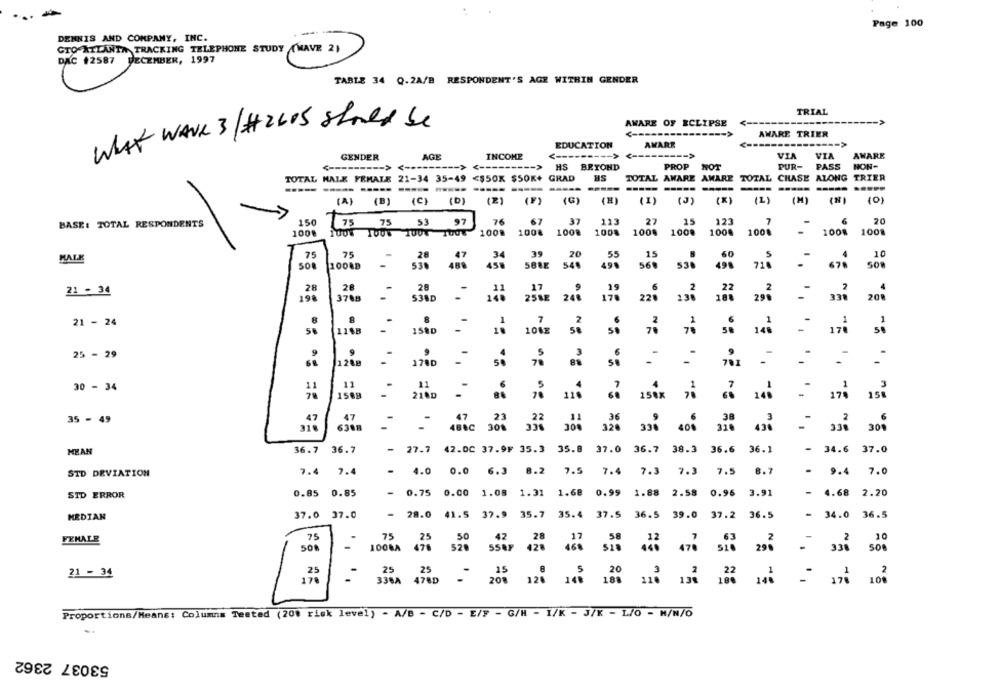
...
Page 100
DENNIS AND COMPANY, INC.
CTO ATLANTA TRACKING TELEPHONE STUDY (WAVE 2)
DAC 12587 DECEMBER, 1997
TABLE 34 Q.2A/B RESPONDENT'S AGE WITHIN GENDER
TRIAL
AWARE OF ECLIPSE
<----
WAT Wave 3/# 2605 Should be
<------
AWARE TRIER
EDUCATION
AWARE
GENDER
AGE
INCOME
-- >
VIA
VIA
AWARE
--- > <--------- >
HS BEYOND
PROP
NOT
PUR-
PASS
NON-
----- >
TOTAL MALE FEMALE 21-34 35-49 <$50X $50K+ GRAD
HS
TOTAL AWARE AMARE
TOTAL CHASE ALONG
TRIER
----- --
-----
(F)
(G)
(H)
(K)
(1)
(M]
(0)
(A) (B) (C) (D)
(2)
(I)
(3)
150
97
76
67
37
113
27
15
123
20
BASE: TOTAL RESPONDENTS
73 75 53
100%
100% 1008 10UT 1001
1009
1008
1008
1008
100.
100.
100.
1000
1008
1001
75
75
34
39
20
55
15
60
5
10
MALE
28
SOR
10088
458
5BRE 549
498
569
530
499
710
508
28
28
28
17
19
21 - 34
198
3708
25 SE
170
22%
297
538D
21 - 24
8
8
8
7
2
50
1188
158D
1068
140
25 - 29
3
1700
se
88
701
..
30 - 34
12
11
1588
-
210D
1588 7
116
- 174 157
....
35 - 49
47
47
36
38
318
6308
486C 308
22
320
MYAN
36.7 36.7
-
27.7 42.00 37.9F 35.3 35.8 37.0 36.7 38.3 36.6 36.1
- 34.6 37.0
7.4 7.4
-
9.4
7.0
STD DEVIATION
- 4.0 0.0 6.3 8.2 7.5 7.4 7.3 7.3 7.5 8.7
STD ERROR
0.85
0.85
- 0.75 0.00 1.08 1.31 1.68 0.99 1.88 2.58 0.96 3.91
- 4.68 2.20
MEDIAN
37.0 37.0
- 28.0 41.5 37.9 35.7 35.4 37.5 36.5 39.0 37.2 36.5
34.0 36.5
FEMALE
75
75
50
50
42
28
58
.2
10
508
-
520
520
5587 428
446 476
510
296
2
1008A
- 336 500
21 - 34
25
25
15
20
178
336A 478D
208 120 148
110 136 196 140
102
188
Proportions/Means: Columns Tested (200 risk level) - A/B - C/D - E/7 - G/H - 1/K - J/K - L/O - M/N/O
53037 2362